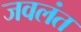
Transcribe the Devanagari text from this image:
जवलंत